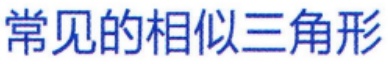
常见的相似三角形